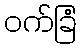
ဝက်ခြံ